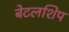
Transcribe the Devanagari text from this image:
बेटलशिप